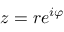
z = r e ^ { i \varphi }